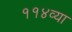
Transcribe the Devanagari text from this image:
११४व्या